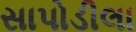
સાપોડીલા